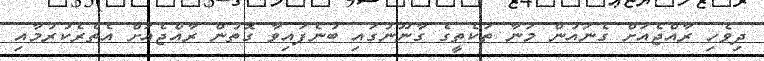
ދިވެހި ރާއްޖެއަށް ގެނައުން މަނާ ތަކެތީގެ ގާނޫނުގައި ބުނެފައިވާ ގޮތުން ރާއްޖެއަށް އެތެރެކުރުމާއި